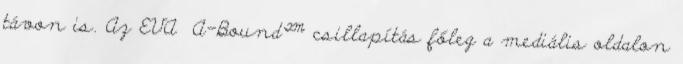
távon is. Az EVA A-Bound™ csillapítás főleg a mediális oldalon